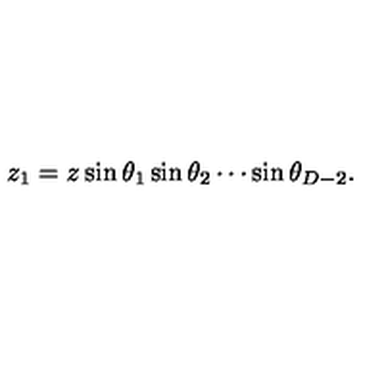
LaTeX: z _ { 1 } = z \sin \theta _ { 1 } \sin \theta _ { 2 } \cdots \sin \theta _ { D - 2 } .